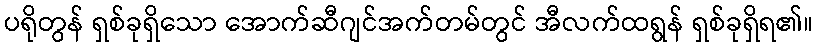
ပရိုတွန် ရှစ်ခုရှိသော အောက်ဆီဂျင်အက်တမ်တွင် အီလက်ထရွန် ရှစ်ခုရှိရ၏။